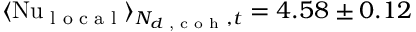
\langle \mathrm { N u } _ { \textrm { l o c a l } } \rangle _ { N _ { d \textrm { , c o h } } , t } = 4 . 5 8 \pm 0 . 1 2